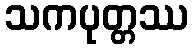
သကပုတ္တဿ